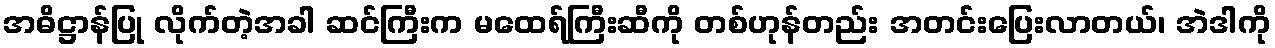
အဓိဋ္ဌာန်ပြု လိုက်တဲ့အခါ ဆင်ကြီးက မထေရ်ကြီးဆီကို တစ်ဟုန်တည်း အတင်းပြေးလာတယ်၊ အဲဒါကို